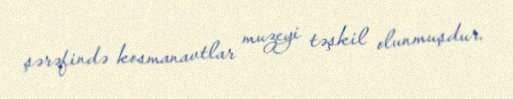
şərəfində kosmanavtlar muzeyi təşkil olunmuşdur.